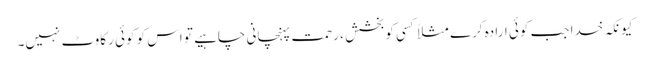
کیونکہ خدا جب کوئی ارادہ کرے مثلاً کسی کوبخشش ، رحمت پہنچانی چاہیے تو اس کو کوئی رکاوٹ نہیں۔